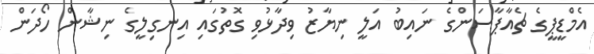
އެމްޑީޕީގެ ޗެއާޕާސަންގެ ނައިބު އަލީ ނިޔާޒު ވިދާޅުވި ގޮތުގައި އިނގިލީގެ ނިޝާން ހޯދަން